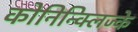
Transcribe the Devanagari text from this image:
कोनिन्क्लिज्के